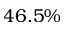
4 6 . 5 \%